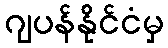
ဂျပန်နိုင်ငံမှ